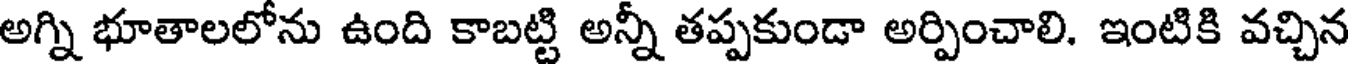
అగ్ని భూతాలలోను ఉంది కాబట్టి అన్నీ తప్పకుండా అర్పించాలి. ఇంటికి వచ్చిన